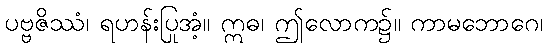
ပဗ္ဗဇိဿံ၊ ရဟန်းပြုအံ့။ ဣဓ၊ ဤလောက၌။ ကာမဘောဂေ၊